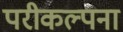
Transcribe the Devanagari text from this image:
परीकल्पना